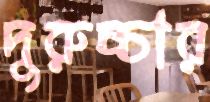
দুরুচ্চার